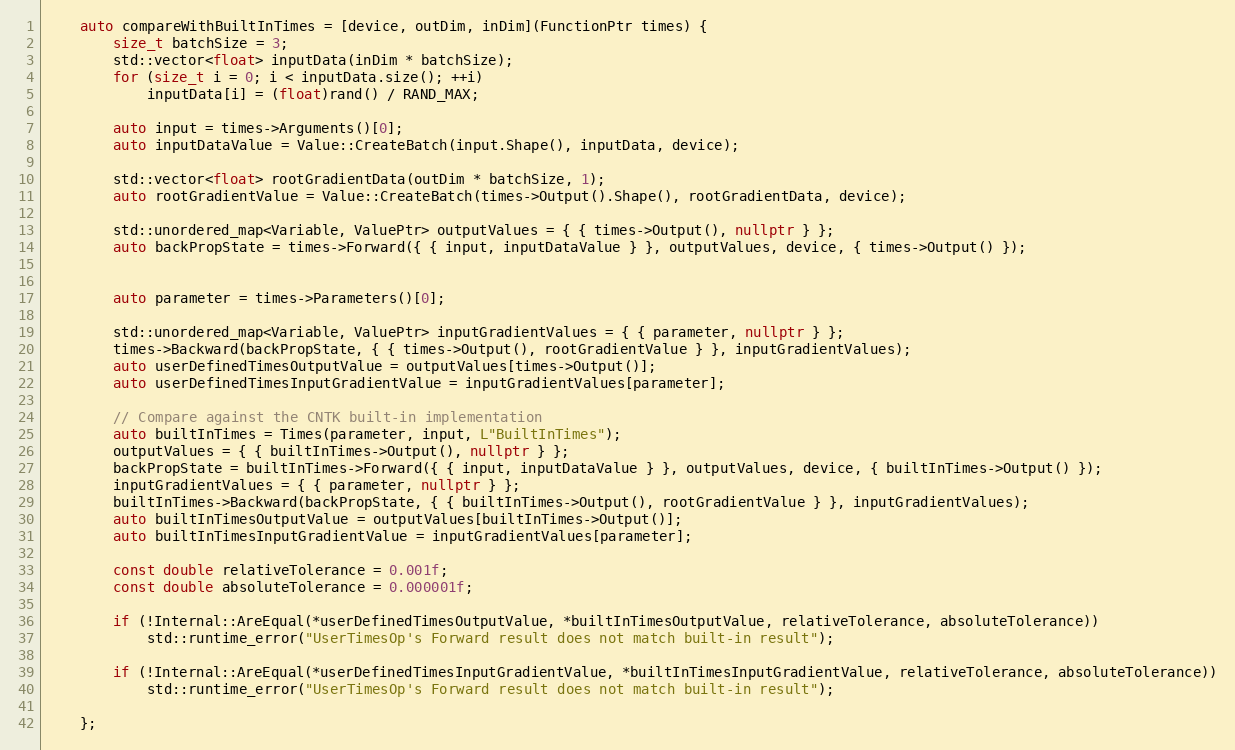
Language: C++
    auto compareWithBuiltInTimes = [device, outDim, inDim](FunctionPtr times) {
        size_t batchSize = 3;
        std::vector<float> inputData(inDim * batchSize);
        for (size_t i = 0; i < inputData.size(); ++i)
            inputData[i] = (float)rand() / RAND_MAX;

        auto input = times->Arguments()[0];
        auto inputDataValue = Value::CreateBatch(input.Shape(), inputData, device);

        std::vector<float> rootGradientData(outDim * batchSize, 1);
        auto rootGradientValue = Value::CreateBatch(times->Output().Shape(), rootGradientData, device);

        std::unordered_map<Variable, ValuePtr> outputValues = { { times->Output(), nullptr } };
        auto backPropState = times->Forward({ { input, inputDataValue } }, outputValues, device, { times->Output() });

        auto parameter = times->Parameters()[0];

        std::unordered_map<Variable, ValuePtr> inputGradientValues = { { parameter, nullptr } };
        times->Backward(backPropState, { { times->Output(), rootGradientValue } }, inputGradientValues);
        auto userDefinedTimesOutputValue = outputValues[times->Output()];
        auto userDefinedTimesInputGradientValue = inputGradientValues[parameter];

        // Compare against the CNTK built-in implementation
        auto builtInTimes = Times(parameter, input, L"BuiltInTimes");
        outputValues = { { builtInTimes->Output(), nullptr } };
        backPropState = builtInTimes->Forward({ { input, inputDataValue } }, outputValues, device, { builtInTimes->Output() });
        inputGradientValues = { { parameter, nullptr } };
        builtInTimes->Backward(backPropState, { { builtInTimes->Output(), rootGradientValue } }, inputGradientValues);
        auto builtInTimesOutputValue = outputValues[builtInTimes->Output()];
        auto builtInTimesInputGradientValue = inputGradientValues[parameter];

        const double relativeTolerance = 0.001f;
        const double absoluteTolerance = 0.000001f;

        if (!Internal::AreEqual(*userDefinedTimesOutputValue, *builtInTimesOutputValue, relativeTolerance, absoluteTolerance))
            std::runtime_error("UserTimesOp's Forward result does not match built-in result");

        if (!Internal::AreEqual(*userDefinedTimesInputGradientValue, *builtInTimesInputGradientValue, relativeTolerance, absoluteTolerance))
            std::runtime_error("UserTimesOp's Forward result does not match built-in result");

    };